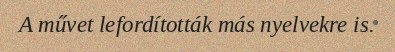
A művet lefordították más nyelvekre is.